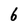
Character: 6